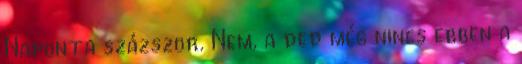
Naponta százszor. Nem, a ded még nincs ebben a